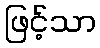
ဖြင့်သာ